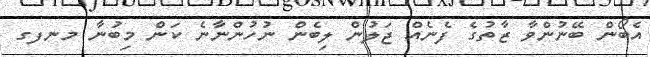
އެބޯން ބޭނުންވާ ޒާތުގެ ފެނެއް ޖަލުން ލިބެން ނުހުންނާނެ ކަން މިބުނާ މނފގ